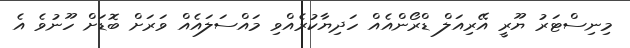
މިނިސްޓަރު ޔޫރީ އޭރިއަލް ޑްރޯންއެއް ހަދިޔާކުރެއްވި މައްސަލައެއް ވަރަށް ބޮޑަށް ހޫނުވެ އެ